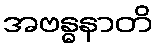
အဗန္ဓနာတိ